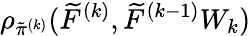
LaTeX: \rho_{\tilde{\pi}^{(k)}}(\widetilde{F}^{(k)},\widetilde{F}^{(k-1)}W_{k})